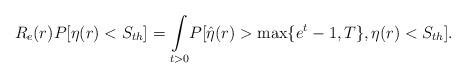
\begin{align*}R_e(r)P[\eta(r)<S_{th}]=\underset{t>0}\int P[\hat{\eta}(r)>\max\{e^t-1,T\},\eta(r)<S_{th}] .\end{align*}